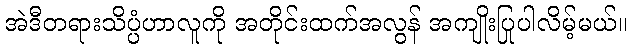
အဲဒီတရားသိပ္ပံဟာလူကို အတိုင်းထက်အလွန် အကျိုးပြုပါလိမ့်မယ်။